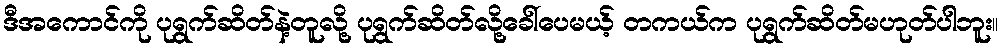
ဒီအကောင်ကို ပုရွက်ဆိတ်နဲ့တူလို့ ပုရွက်ဆိတ်လို့ခေါ်ပေမယ့် တကယ်က ပုရွက်ဆိတ်မဟုတ်ပါဘူး။